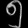
Digit: ၅